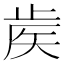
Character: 𥎼